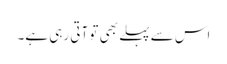
اس سے پہلے بھی تو آتی رہی ہے۔